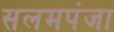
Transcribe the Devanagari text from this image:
सलमपंजा